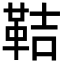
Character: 鞊